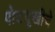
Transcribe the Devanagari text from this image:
पोटदुखीचे